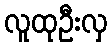
လူထုဦးလှ